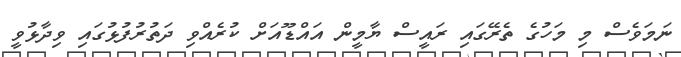
ނަމަވެސް މި މަހުގެ ތެރޭގައި ރައީސް ޔާމީން އައްޑޫއަށް ކުރެއްވި ދަތުރުފުޅުގައި ވިދާޅުވީ